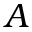
A